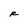
Character: R